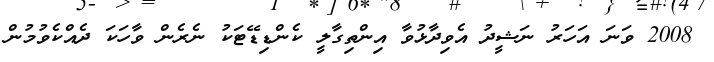
2008 ވަނަ އަހަރު ނަޝީދު އެވިދާޅުވާ އިންތިގާލީ ކެންޑިޑޭޓަކު ނެރެން ވާހަކަ ދެއްކެވުމުން